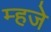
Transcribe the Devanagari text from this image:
म्हजे